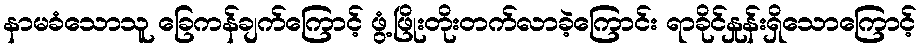
နာမခံသောသူ ခြေကန်ချက်ကြောင့် ဖွံ့ဖြိုးတိုးတက်လာခဲ့ကြောင်း ရာခိုင်နှုန်းရှိသောကြောင့်